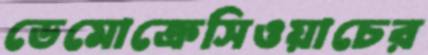
ডেমোক্রেসিওয়াচের